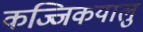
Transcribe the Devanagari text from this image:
कज्जिकयालु